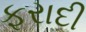
ફરાદી